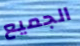
الجميع